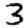
Digit: 3